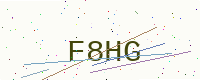
Text: F8HG